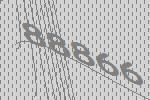
88866